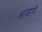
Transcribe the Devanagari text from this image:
आजायें